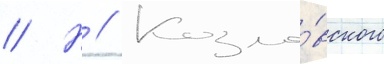
// Н // Козло́вского